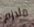
ملازم